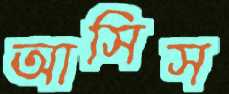
আসিস